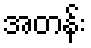
အတန်း